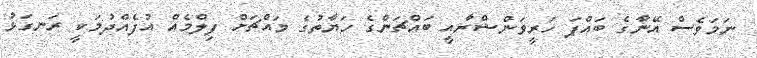
ނަމަވެސް އޭނާގެ ބައްޕަ ހަރީވަންޝްރާއީ ބައްޗަންގެ ހަޔާތުގެ މައްޗަށް ފިލްމެއް އުފެއްދުމަކީ ރަނގަޅު